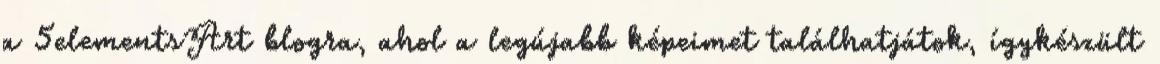
a 5elementsArt blogra, ahol a legújabb képeimet találhatjátok, ígykészült